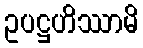
ဥပဋ္ဌဟိဿာမိ